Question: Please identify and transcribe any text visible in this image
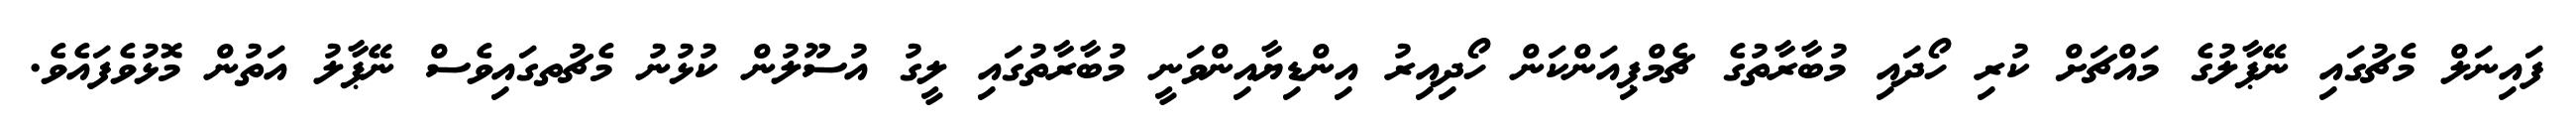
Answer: ފައިނަލް މެޗުގައި ނޭޕާލުގެ މައްޗަށް ކުރި ހޯދައި މުބާރާތުގެ ޗެމްޕިއަންކަން ހޯދިއިރު އިންޑިޔާއިންވަނީ މުބާރާތުގައި ލީގު އުސޫލުން ކުޅުނު މެޗުތގައިވެސް ނޭޕާލު އަތުން މޮޅުވެފައެވެ.